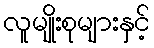
လူမျိုးစုများနှင့်